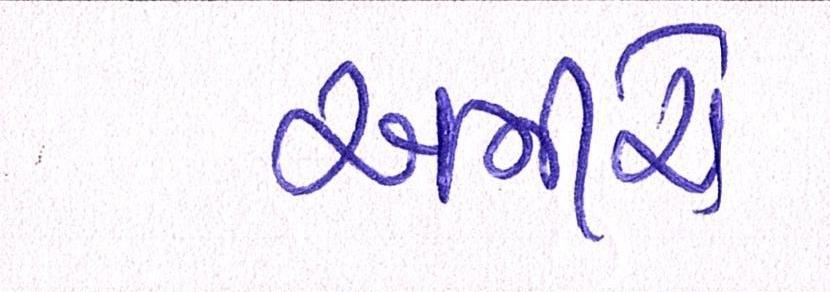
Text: અમીરો